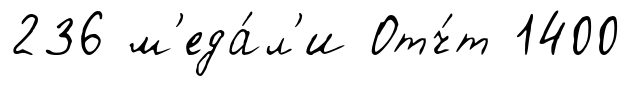
236 м'еда́л'и Отч́т 1400